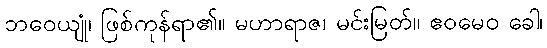
ဘဝေယျုံ၊ ဖြစ်ကုန်ရာ၏။ မဟာရာဇ၊ မင်းမြတ်။ ဧဝမေဝ ခေါ၊